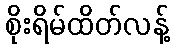
စိုးရိမ်ထိတ်လန့်